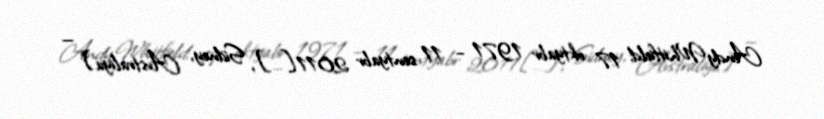
Andy Whitfield; 17 oktyabr 1971 – 11 sentyabr 2011[…], Sidney, Avstraliya) —